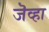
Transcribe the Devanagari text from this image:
जॆव्हा